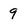
Character: 9